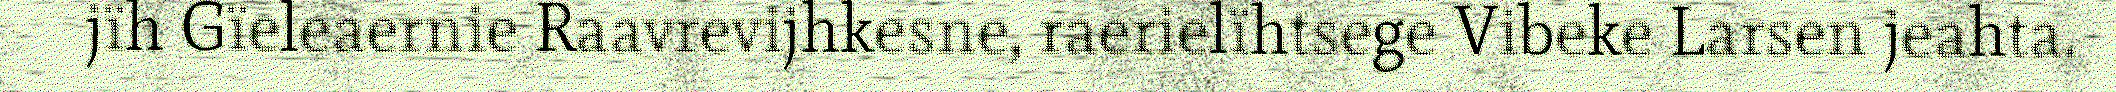
jïh Gïeleaernie Raavrevijhkesne, raerielïhtsege Vibeke Larsen jeahta.